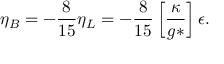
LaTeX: \eta _ { B } = - \frac { 8 } { 1 5 } \eta _ { L } = - \frac { 8 } { 1 5 } \left[ \frac { \kappa } { g * } \right] \epsilon .